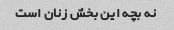
نه بچه این بخش زنان است